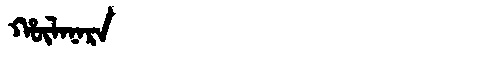
Manchu: ᡥᡡᠯᠠᠨᠠᡵᠠ
Romanization: HŪLANARA